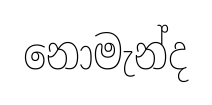
නොමැන්ද